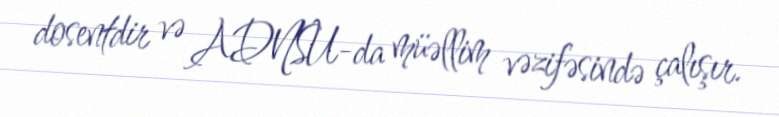
dosentdir və ADNSU-da müəllim vəzifəsində çalışır.